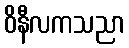
ဝိနီလကသညာ